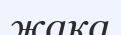
жақа